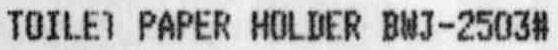
TOILET PAPER HOLDER BWJ-2503#